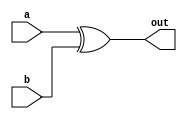
module ccc(a,b,out);
input a, b;
output out;
wire out;
assign  out = a^b;
endmodule